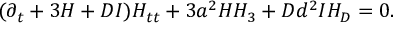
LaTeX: ( \partial _ { t } + 3 H + D I ) H _ { t t } + 3 a ^ { 2 } H H _ { 3 } + D d ^ { 2 } I H _ { D } = 0 .